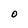
Character: O